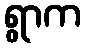
ရွာက